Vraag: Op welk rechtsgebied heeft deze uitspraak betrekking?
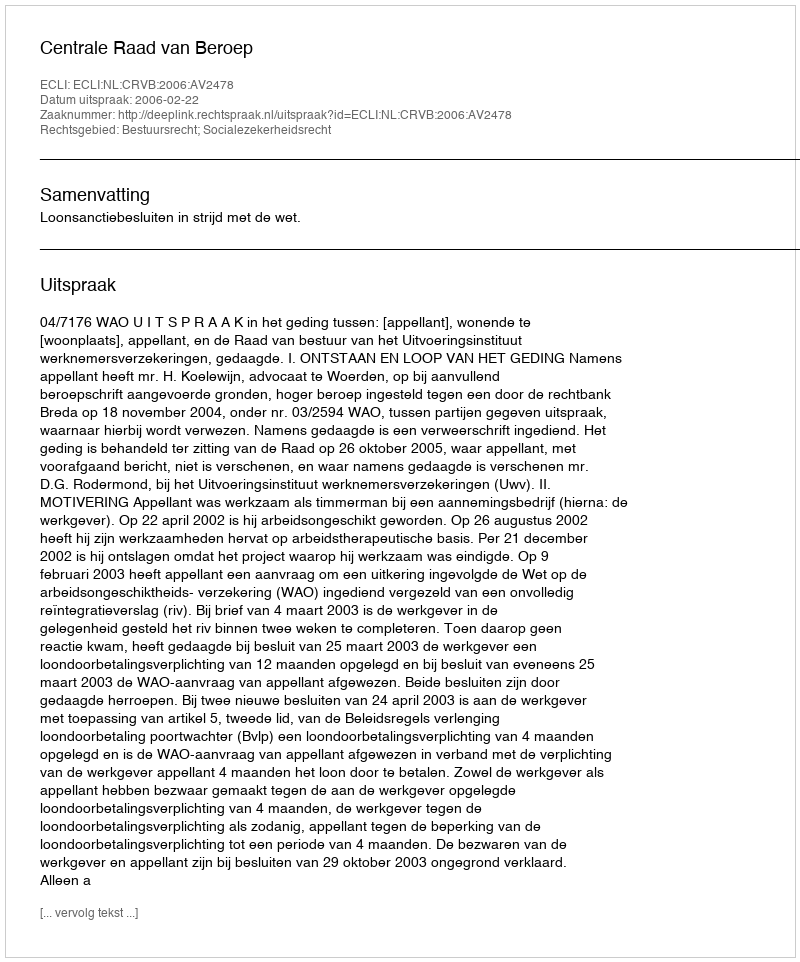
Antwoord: Bestuursrecht; Socialezekerheidsrecht